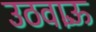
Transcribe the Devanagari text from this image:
उठवाऊँ